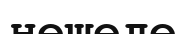
нешеде